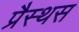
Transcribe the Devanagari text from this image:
प्रैस्थस